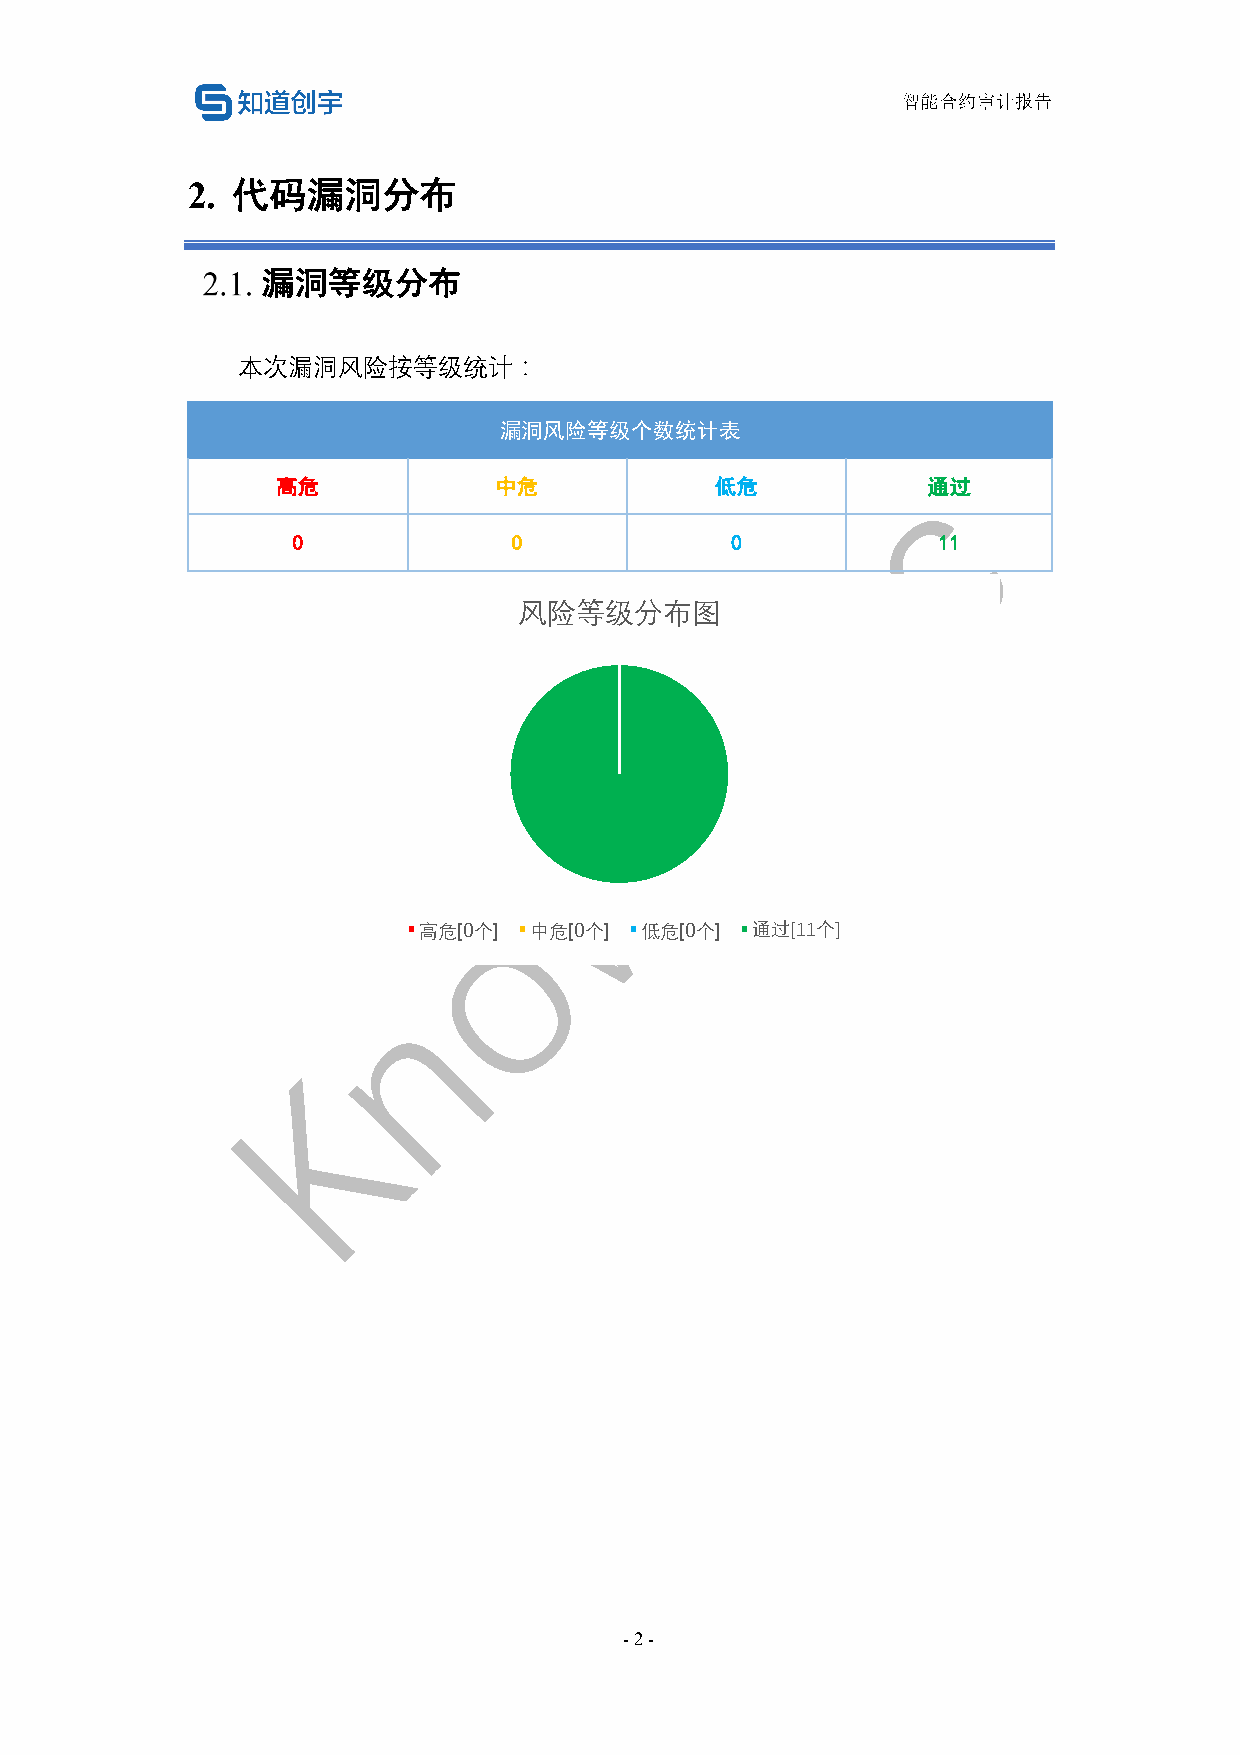
智能合约审计报告
 2. 代码漏洞分布
 漏洞等级分布
 本次漏洞风险按等级统计：
 漏洞风险等级个数统计表
 高危             中危            低危            通过
 0              0             0             11
 风险等级分布图
 高危[0个] 中危[0个] 低危[0个]  通过[11个]
 - 2 -